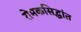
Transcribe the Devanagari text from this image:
रोमकसिद्धांत